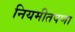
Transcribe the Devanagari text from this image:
नियमीतपणा